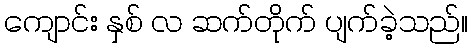
ကျောင်း နှစ် လ ဆက်တိုက် ပျက်ခဲ့သည်။